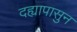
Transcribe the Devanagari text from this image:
दह्यापासुन